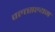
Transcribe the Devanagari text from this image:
वल्त्सल्यम